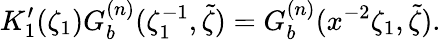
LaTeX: K_{1}^{\prime}(\zeta_{1})G_{b}^{(n)}(\zeta_{1}^{-1},\tilde{\zeta})=G_{b}^{(n)}(x^{-2}\zeta_{1},\tilde{\zeta}).